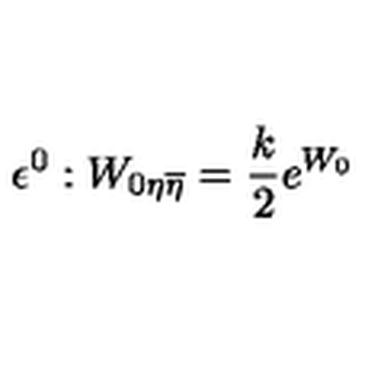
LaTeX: \epsilon ^ { 0 } : W _ { 0 \eta \overline { { \eta } } } = { \frac { k } { 2 } } e ^ { W _ { 0 } }